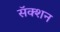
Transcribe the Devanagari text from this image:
सॅक्शन